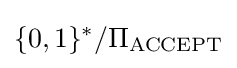
\{0,1\}^{*}/\Pi _{\text{ACCEPT}}